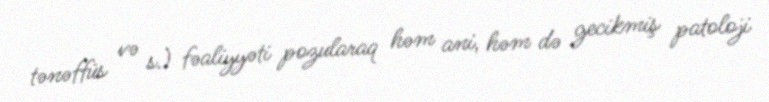
tənəffüs və s.) fəaliyyəti pozularaq həm ani, həm də gecikmiş patoloji